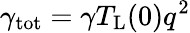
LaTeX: \gamma_{\mathrm{tot}}=\gamma T_{\mathrm{L}}(0)q^{2}